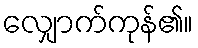
လျှောက်ကုန်၏။